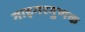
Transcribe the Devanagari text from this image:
गाइगरगुणक